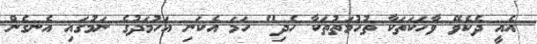
އެއީ ދެކެވޭ ވާހަކަތަކާ ތުހުމަތުތަކާ ހެދި" ހަމަ އެކަނި އަހުމަދުގެ ނަމުގައި އެނގެން